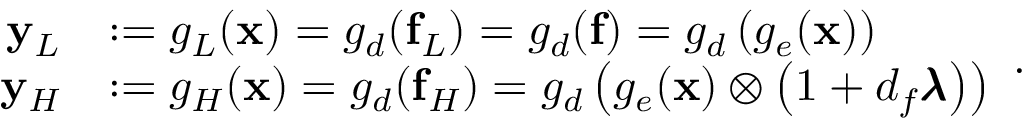
\begin{array} { r l } { \mathbf { y } _ { L } } & { : = g _ { L } ( \mathbf { x } ) = g _ { d } ( \mathbf { f } _ { L } ) = g _ { d } ( \mathbf { f } ) = g _ { d } \left( g _ { e } ( \mathbf { x } ) \right) } \\ { \mathbf { y } _ { H } } & { : = g _ { H } ( \mathbf { x } ) = g _ { d } ( \mathbf { f } _ { H } ) = g _ { d } \left( g _ { e } ( \mathbf { x } ) \otimes \left( 1 + d _ { f } \pmb { \lambda } \right) \right) } \end{array} .